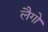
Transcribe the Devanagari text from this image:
लैगो